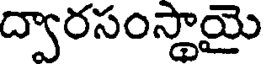
ద్వారసంస్థాయై